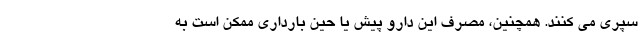
سپری می کنند. همچنین، مصرف این دارو پیش یا حین بارداری ممکن است به